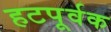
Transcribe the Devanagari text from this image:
हटपूर्वक